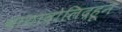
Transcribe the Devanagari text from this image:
वायादोलिदहून